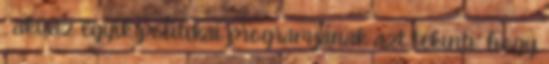
, aki az egyik politikai programjának azt tekinti, hogy